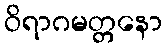
ဝိရာဂမတ္တနော